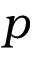
p